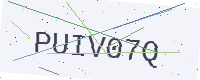
Text: PUIV07Q